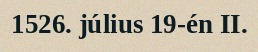
1526. július 19-én II.